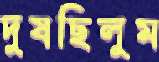
দুষছিলুম